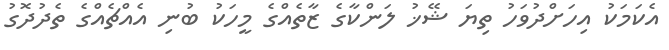
އެކަމަކު އިހަށްދުވަހު ތިޔަ ޝޭޚު ލަންކާގެ ޒާތެއްގެ މީހަކު ބުނި އެއްޗެއްގެ ތެދުދޮގު